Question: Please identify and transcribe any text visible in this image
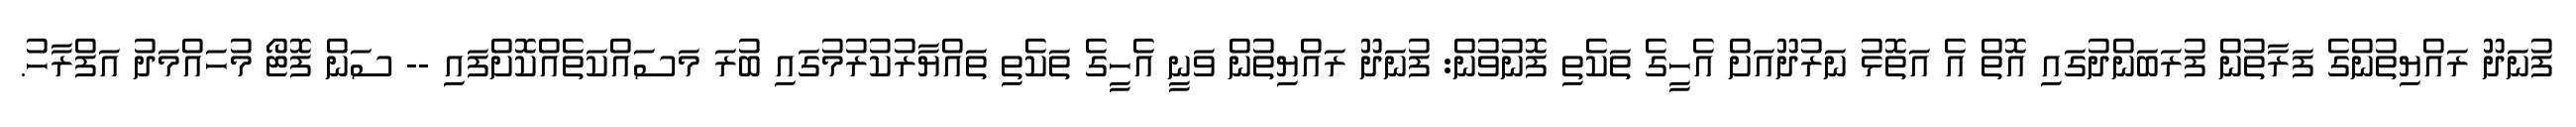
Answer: ފުނަދޫ ރައްޔިތުންގެ ފަރާތުން ފުރަބަންދުގައި އޮތް އެ އަތޮޅު ނަރުދޫއަށް އެހީގެ ތަކެތި ފޮނުވުން: ފުނަދޫ ރައްޔިތުން ވަނީ އެހީގެ ތަކެތި ތައްޔާރުކުރުމުގައި ބުރަ މަސައްކަތެއްކޮށްފައި -- ސަން ފޮޓޯ މުހައްމަދު އަފްރާހު.